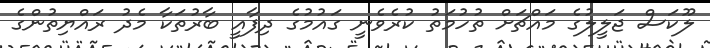
ލޫކަސް ޖަލީލުގެ މައްޗަށް ތުހުމަތު ކުރެވެނީ ގައުމުގެ ދިފާއީ ބާރުތަކާ މެދު ރައްޔިތުންގެ